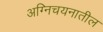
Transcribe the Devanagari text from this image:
अग्निचयनातील